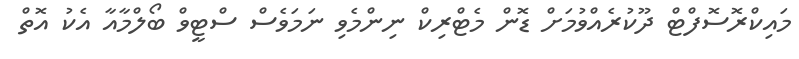
މައިކްރޮސޮފްޓް ދޫކުރެއްވުމަށް ޑޮން މެޓްރިކް ނިންމެވި ނަމަވެސް ސްޓީވް ބޯލްމާއާ އެކު އޮތް